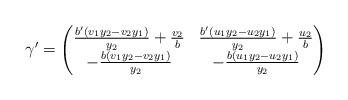
LaTeX: \begin{align*} \gamma' = \begin{pmatrix} \frac{b' ( v_1 y_2 - v_2 y_1)}{y_2} + \frac{v_2}{b} & \frac{b' ( u_1 y_2 - u_2 y_1)}{y_2} + \frac{u_2}{b}\\ - \frac{b ( v_1 y_2 - v_2 y_1)}{y_2} & - \frac{b ( u_1 y_2 - u_2 y_1)}{y_2} \end{pmatrix} \end{align*}